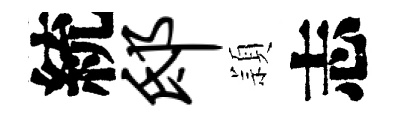
統邸頴志